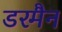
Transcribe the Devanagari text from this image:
डरमैन